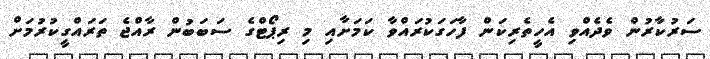
ސަރުކާރުން ވެދެއްވި އެހީތެރިކަން ފާހަގަކުރައްވާ ކަމަށާއި މި ރިޕޯޓްގެ ސަބަބުން ރާއްޖެ ތަރައްގީކުރުމަށް